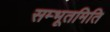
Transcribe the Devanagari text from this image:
सम्भूतमिति